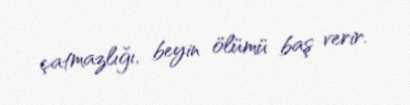
çatmazlığı, beyin ölümü baş verir.